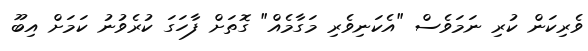
ވެރިކަން ކުރި ނަމަވެސް "އެކަނިވެރި މަގާމެއް" ގޮތަށް ފާހަގަ ކުރެވުނު ކަމަށް އިބޫ